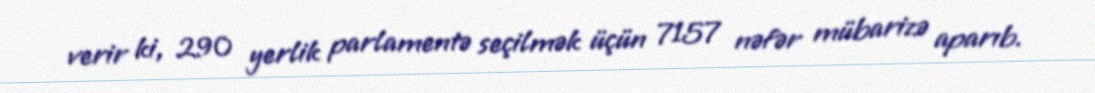
verir ki, 290 yerlik parlamentə seçilmək üçün 7157 nəfər mübarizə aparıb.